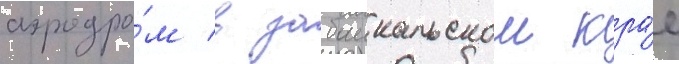
аэродро́м в забаикальском кра́е